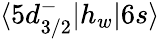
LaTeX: \langle 5d_{3/2}^{-}|h_{w}|6s\rangle